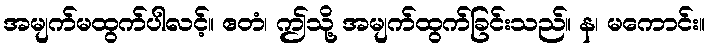
အမျက်မထွက်ပါလင့်။ ဧတံ၊ ဤသို့ အမျက်ထွက်ခြင်းသည်။ န၊ မကောင်း။